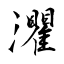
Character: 灈